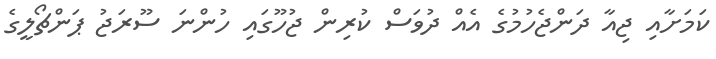
ކަމަށާއި ޖިއާ ދަންޖެހުމުގެ އެއް ދުވަސް ކުރިން ޖުހޫގައި ހުންނަ ސޫރަޖު ޕަންޗޯލީގެ